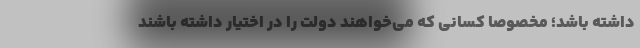
داشته باشد؛ مخصوصا کسانی که می‌خواهند دولت را در اختیار داشته باشند